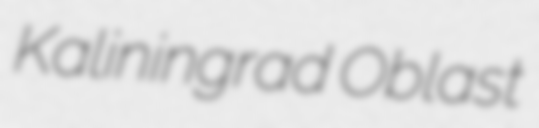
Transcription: Kaliningrad Oblast